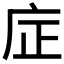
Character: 𪪎